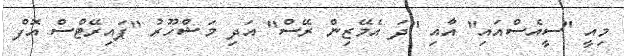
މިއީ "ސީއެސްއައި" އާއި "ދަ އެމޭޒިން ރޭސް" އަދި މަޝްހޫރު "ޕައިރޭޓްސް އޮފް